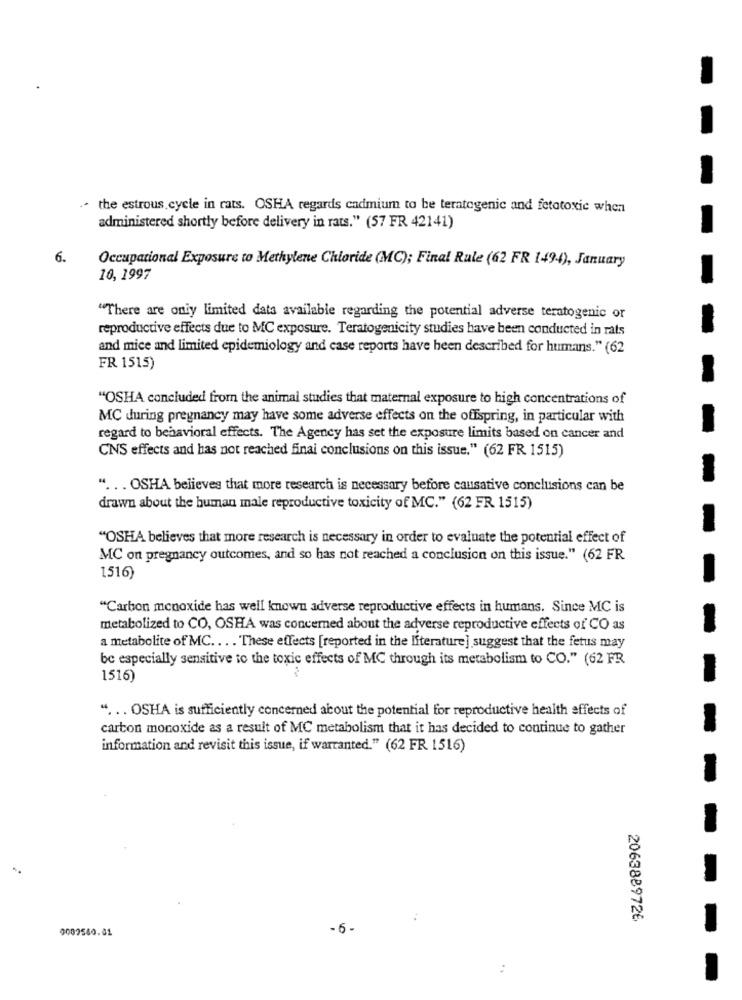
the estrous cycle in rats. OSHA regards cadmium to be teratogenic and fetotoxic when
administered shortly before delivery in rats." (57 FR 42141)
6.
Occupational Exposure to Methylene Chloride (MC); Final Rule (62 FR 1494), January
10, 1997
"There are only limited data available regarding the potential adverse teratogenic or
reproductive effects due to MC exposure. Teratogenicity studies have been conducted in rats
and mice and limited epidemiology and case reports have been described for humans." (62
FR 1515)
"OSHA concluded from the animal studies that maternal exposure to high concentrations of
MC during pregnancy may have some adverse effects on the offspring, in particular with
regard to behavioral effects. The Agency has set the exposure limits based on cancer and
CNS effects and has not reached final conclusions on this issue." (62 FR 1515)
" ... OSHA believes that more research is necessary before causative conclusions can be
drawn about the human male reproductive toxicity of MC." (62 FR 1515)
"OSHA believes that more research is necessary in order to evaluate the potential effect of
MC on pregnancy outcomes, and so has not reached a conclusion on this issue." (62 FR
1516)
"Carbon monoxide has well known adverse reproductive effects in humans. Since MC is
metabolized to CO, OSHA was concerned about the adverse reproductive effects of CO as
a metabolite of MC ... . These effects [reported in the literature] suggest that the fetus may
bc especially sensitive to the toxic effects of MC through its metabolism to CO." (62 FR
1516)
". .. OSHA is sufficiently concerned about the potential for reproductive health effects of
carbon monoxide as a result of MC metabolism that it has decided to continue to gather
information and revisit this issue, if warranted." (62 FR 1516)
2063889726
0009580.01
-6-